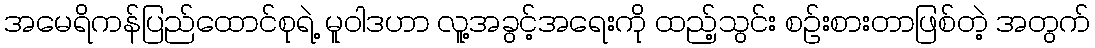
အမေရိကန်ပြည်ထောင်စုရဲ့ မူဝါဒဟာ လူ့အခွင့်အရေးကို ထည့်သွင်း စဉ်းစားတာဖြစ်တဲ့ အတွက်